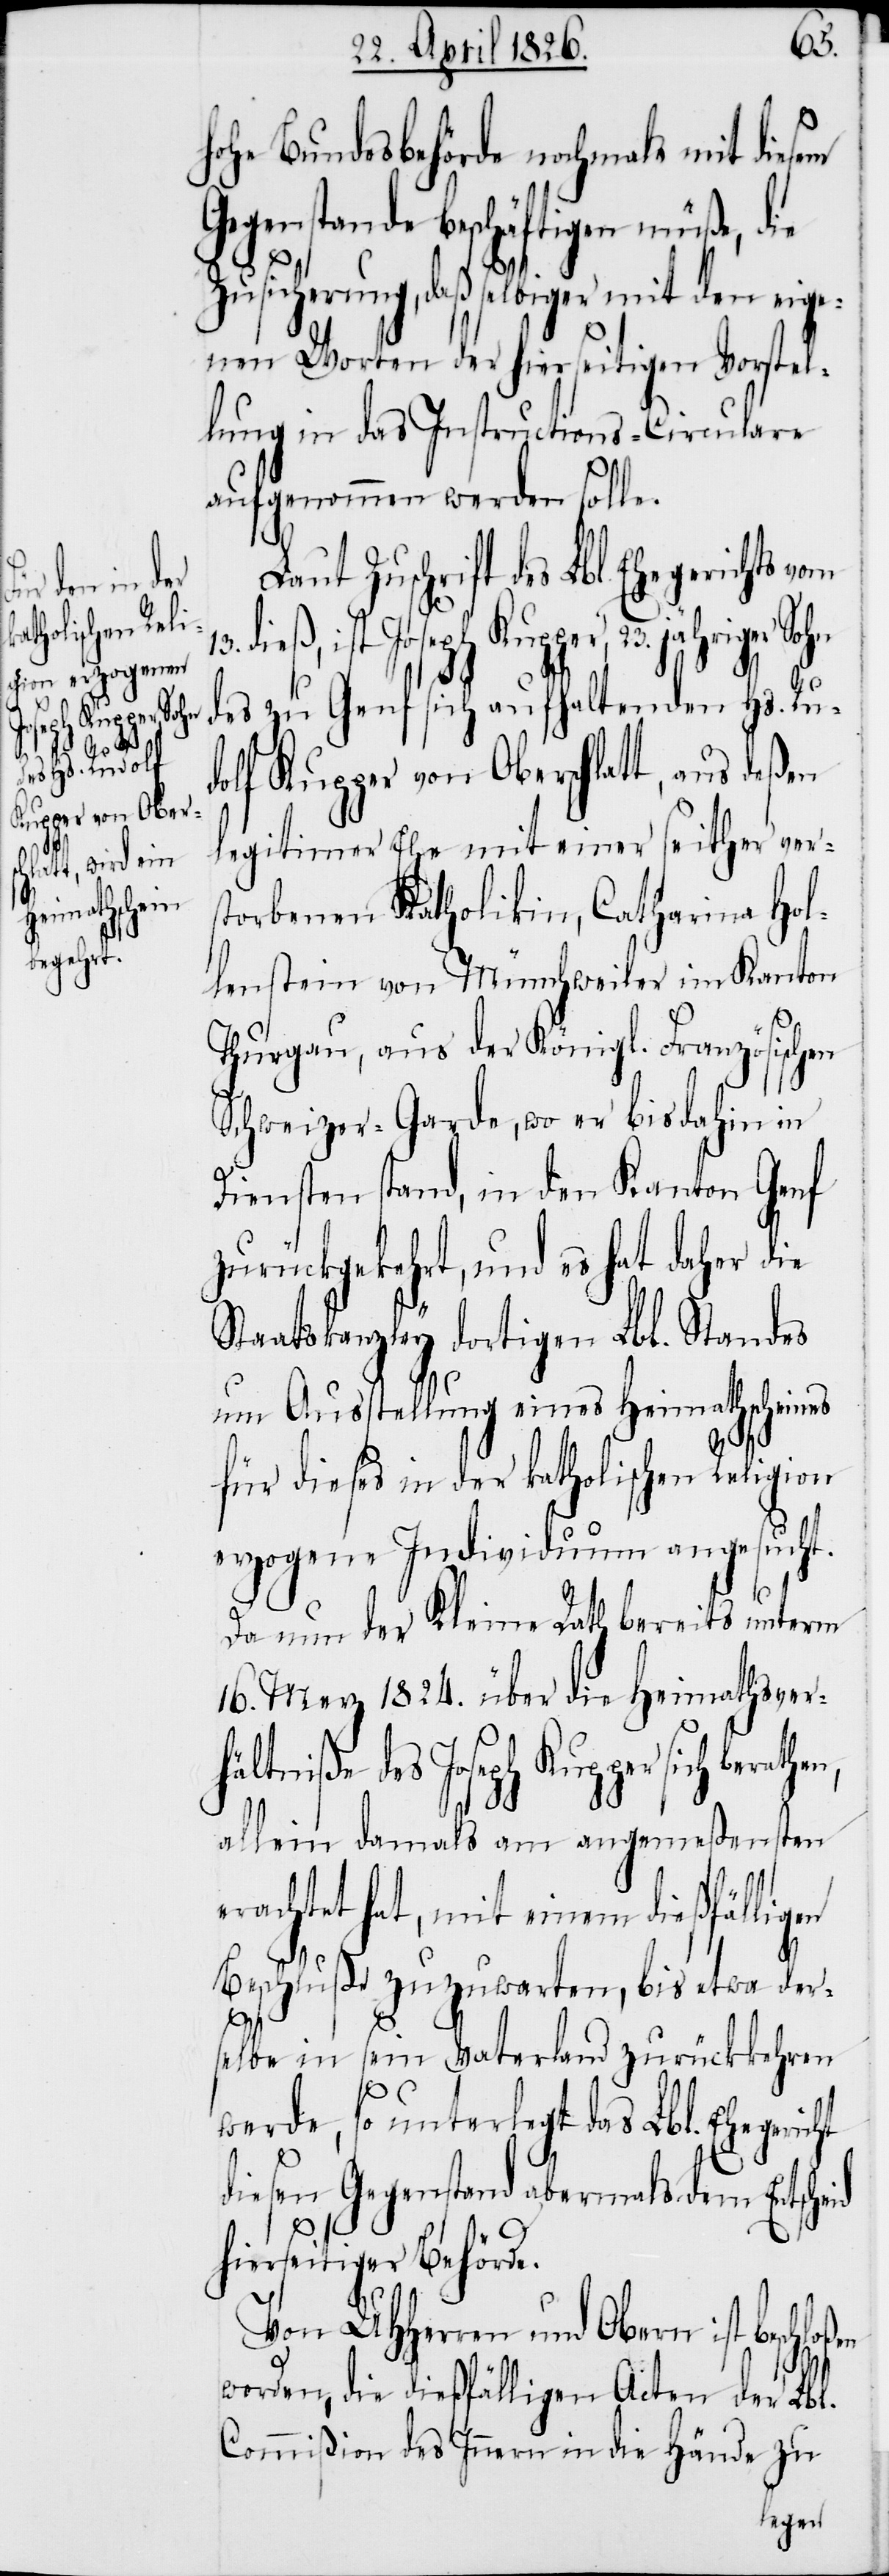
Kupper von Ober¬
rathen,

hohe Bundesbehörde nochmals mit diesem
Gegenstande beschäftigen müße, die
Zusicherung, daß selbiger mit den eige¬
nen Worten der hierseitigen Vorstel¬
lung in das Instructions-Circulare
aufgenommen werden solle.
Laut Zuschrift des Lbl. Ehegerichts vom
dieß, ist Joseph Kupper, 23. jähriger Sohn
des zu Genf sich aufhaltenden Hs. Ru¬
legitimer Ehe mit einer seither ver¬
storbenen Katholikin, Catharina Hol¬
lenstein von Münchweiler im Kanton
Thurgau, aus der Königl. Französischen
Schweizer-Garde, wo er bis dahin in
Diensten stand, in den Kanton Genf
zurückgekehrt, und es hat daher die
Staatskanzley dortigen Lbl. Standes
um Ausstellung eines Heimathscheines
für dieses in der katholischen Religion
erzogene Individuum angesucht.
Da nun der Kleine Rath bereits unterm
16. Merz 1824. über die Heimathsver¬
hältniße des Joseph Kupper sich be¬
allein damals am angemeßensten
erachtet hat, mit einem dießfällig¬
Beschluße zuzuwarten, bis etwa der¬
oßen
selbe in sein Vaterland zurückkehren
werde, so unterlegt das Lbl. Ehegeric¬
diesen Gegenstand abermals dem Entsch¬
hierseitiger Behörde.
Von UHHerren und Obern ist beschl¬
worden, die dießfälligen Acten der Lbl.
Commißion des Innern in die Hände zu
deßen,